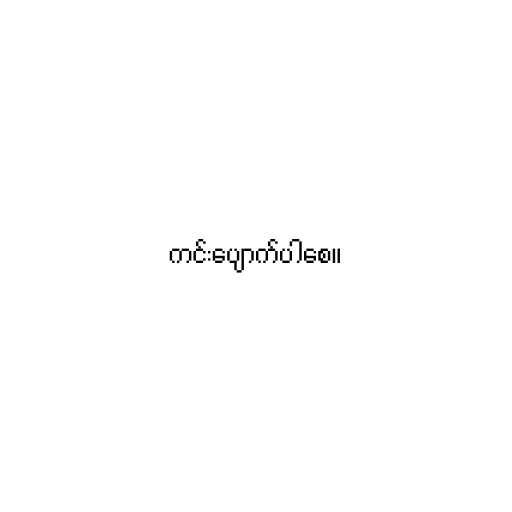
ကင်းပျောက်ပါစေ။